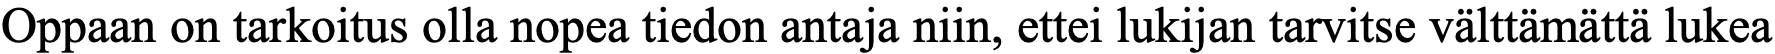
Oppaan on tarkoitus olla nopea tiedon antaja niin, ettei lukijan tarvitse välttämättä lukea